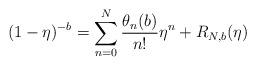
LaTeX: \begin{align*}(1-\eta)^{-b}=\sum_{n=0}^N\frac{\theta_n(b)}{n!}\eta^n+R_{N,b}(\eta)\end{align*}